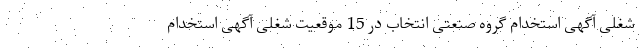
شغلی آگهی استخدام گروه صنعتی انتخاب در 15 موقعیت شغلی آگهی استخدام